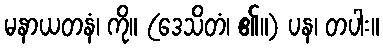
မနာယတနံ၊ ကို။ (ဒေသိတံ၊ ၏။) ပန၊ တပါး။